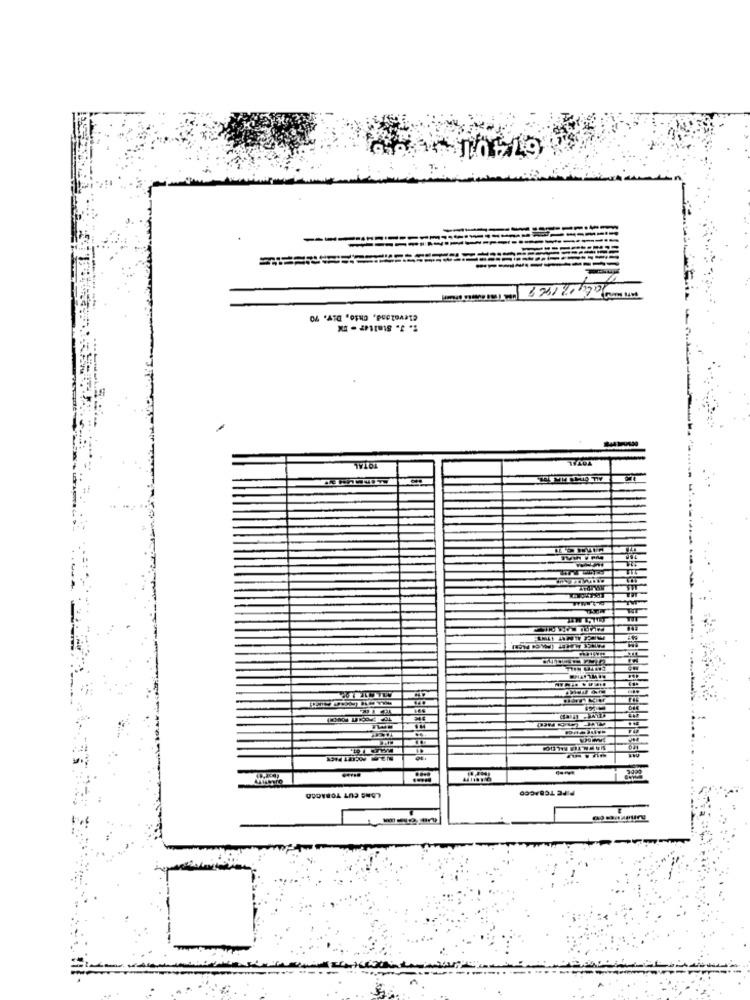
---
IN
Cleveland, Chio, Div. 70
2. 3. Stalter - EX
TOTAL
LSNS CUT TORACCO
PIPE TOBACCO